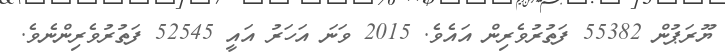
ޔޫރަޕުން 55382 ފަތުރުވެރިން އައެވެ. 2015 ވަނަ އަހަރު އައީ 52545 ފަތުރުވެރިންނެވެ.